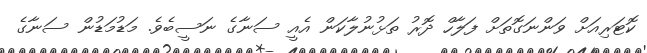
ކޮޓަރިއަށް ވަންނަގޮތަށް ފަލާހް ދޮރު ތަޅުނުލާކަން އެއީ ސަނާގެ ނަސީބެވެ. މަޑުމަޑުން ސަނާގެ